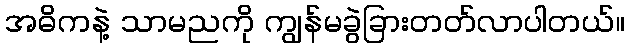
အဓိကနဲ့ သာမညကို ကျွန်မခွဲခြားတတ်လာပါတယ်။